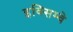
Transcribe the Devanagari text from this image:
इक्सिम्चे